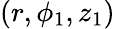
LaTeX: (r,\phi_{1},z_{1})